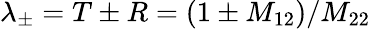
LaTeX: \lambda_{\pm}=T\pm R=\left(1\pm M_{12}\right)/M_{22}